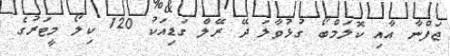
ޖަފްނާ އާއި ކޮލަމްބޯ ގުޅުވާލަ ދޭ ރޭލް ގަޑިއަކު 120 ކިލޯ މީޓަރުގެ